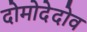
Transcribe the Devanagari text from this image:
दोमोदेदोव